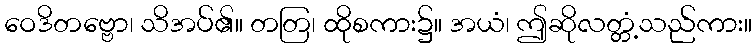
ဝေဒိတဗ္ဗော၊ သိအပ်၏။ တတြ၊ ထိုစကား၌။ အယံ၊ ဤဆိုလတ္တံ့သည်ကား။